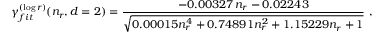
\gamma _ { f i t } ^ { ( \log r ) } ( n _ { r } , d = 2 ) = \frac { - 0 . 0 0 3 2 7 \, n _ { r } - 0 . 0 2 2 4 3 } { \sqrt { 0 . 0 0 0 1 5 n _ { r } ^ { 4 } + 0 . 7 4 8 9 1 n _ { r } ^ { 2 } + 1 . 1 5 2 2 9 n _ { r } + 1 } } \ ,